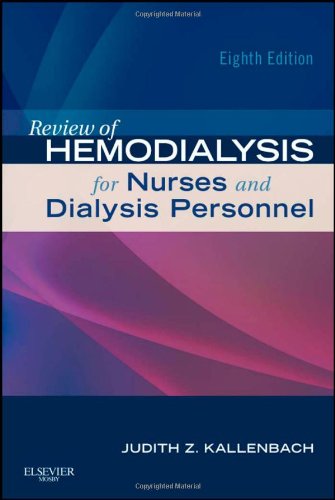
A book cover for Review of Hemodialysis for Nurses and Dialysis Personnel, 8th Edition; Judith Z. Kallenbach; Medical Books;